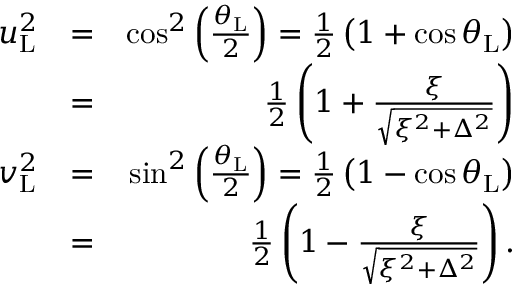
\begin{array} { r l r } { u _ { \mathrm { L } } ^ { 2 } } & { = } & { \cos ^ { 2 } \left( \frac { \theta _ { \mathrm { L } } } { 2 } \right) = \frac { 1 } { 2 } \left( 1 + \cos \theta _ { \mathrm { L } } \right) } \\ & { = } & { \frac { 1 } { 2 } \left( 1 + \frac { \xi } { \sqrt { \xi ^ { 2 } + \Delta ^ { 2 } } } \right) } \\ { v _ { \mathrm { L } } ^ { 2 } } & { = } & { \sin ^ { 2 } \left( \frac { \theta _ { \mathrm { L } } } { 2 } \right) = \frac { 1 } { 2 } \left( 1 - \cos \theta _ { \mathrm { L } } \right) } \\ & { = } & { \frac { 1 } { 2 } \left( 1 - \frac { \xi } { \sqrt { \xi ^ { 2 } + \Delta ^ { 2 } } } \right) . } \end{array}